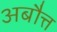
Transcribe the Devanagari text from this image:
अबौत्त